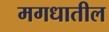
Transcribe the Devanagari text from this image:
मगधातील